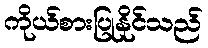
ကိုယ်စားပြုနိုင်သည်